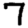
Digit: 7